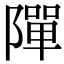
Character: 𨼒